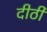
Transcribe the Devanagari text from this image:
दीठी